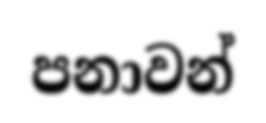
පනාවන්